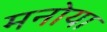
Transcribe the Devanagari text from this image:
मनोया